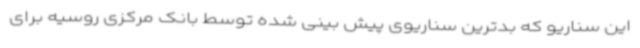
این سناریو که بدترین سناریوی پیش بینی شده توسط بانک مرکزی روسیه برای